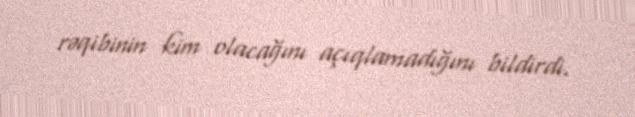
rəqibinin kim olacağını açıqlamadığını bildirdi.